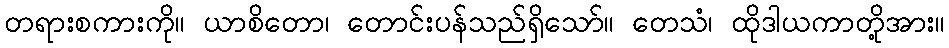
တရားစကားကို။ ယာစိတော၊ တောင်းပန်သည်ရှိသော်။ တေသံ၊ ထိုဒါယကာတို့အား။